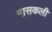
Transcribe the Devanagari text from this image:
मासकली